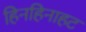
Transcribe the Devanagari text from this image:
हिनहिनाहट